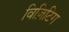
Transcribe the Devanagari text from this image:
विज़िटिग